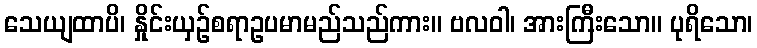
သေယျထာပိ၊ နှိုင်းယှဉ်စရာဥပမာမည်သည်ကား။ ဗလဝါ၊ အားကြီးသော။ ပုရိသော၊